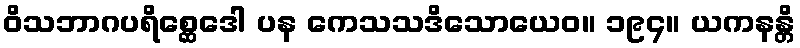
ဝိသဘာဂပရိစ္ဆေဒေါ ပန ကေသသဒိသောယေဝ။ ၁၉၄။ ယကနန္တိ